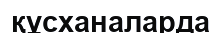
құсханаларда